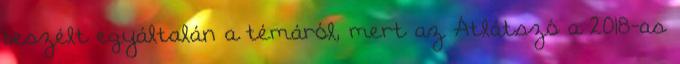
beszélt egyáltalán a témáról, mert az Átlátszó a 2018-as